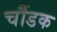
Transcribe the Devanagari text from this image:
चौंडक